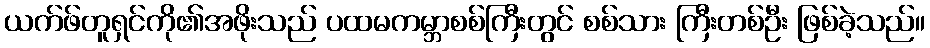
ယက်ဖ်တူရှင်ကို၏အဖိုးသည် ပထမကမ္ဘာစစ်ကြီးတွင် စစ်သား ကြီးတစ်ဦး ဖြစ်ခဲ့သည်။